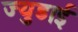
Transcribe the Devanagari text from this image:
ज्युडाई